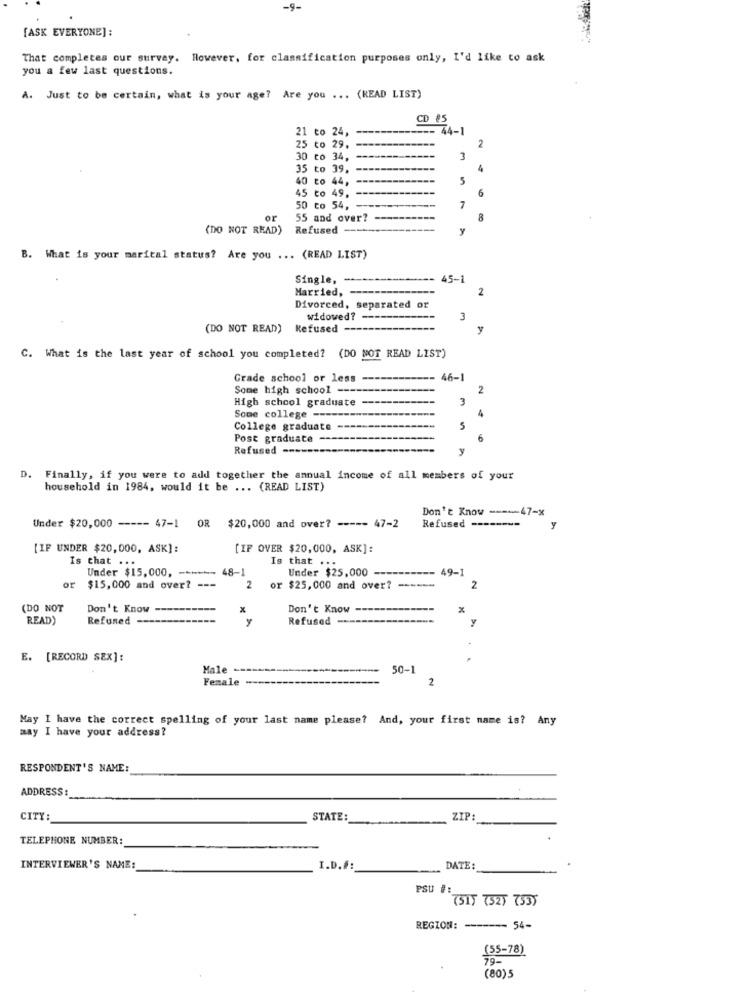
-9-
[ASK EVERYONE]:
That completes our survey. However, for classification purposes only, I'd like to ask
you a few last questions.
A. Just to be certain, what is your age? Are you ... (READ LIST)
CD #5
21 to 24, --
---- 44-1
2
25 to 29,
30 to 34,
3
35 to 39,
4
40 to 44,
5
6
45 to 49, -
50 co 54, --
1
or
55 and over?
(DO NOT READ) Refused ----
B. What is your marital status? Are you ... (READ LIST)
Single,
45-1
Married,
---
2
Divorced, separated or
widowed?
3
(DO NOT READ)
Refused
y
C. What is the last year of school you completed? (DO NOT READ LIST)
Grade school or less ---
46-
Some high school --
2
High school graduate
Some college --
College graduate
5
Post graduate
6
Refused --
D.
Finally, if you were to add together the annual income of all members of your
household in 1984, would it be ... (READ LIST)
Don't Know ----- 47-x
OR
Refused --------
y
Under $20,000 ----- 47-1
$20,000 and over? ----- 47-2
[IF UNDER $20,000, ASK]:
[IF OVER $20,000, ASK]:
Is that ...
Is that ...
Under $15,000, ------ 48-1
Under $25,000 ---
49-
or
$15,000 and over? ---
2
or $25,000 and over? ------
2
(DO NOT
Don't Know
Don't Know
x
READ)
Refuned --
y
Refused --
y
E. [RECORD SEX]:
Male -
50-1
Female
2
May I have the correct spelling of your last name please? And, your first name is? Any
may I have your address?
RESPONDENT'S NAME:
ADDRESS :_
CITY
STATE:
ZIP:
TELEPHONE NUMBER:
INTERVIEWER'S NAME:
I.D.F:
DATE:
PSU #:
(515 752) 7535
REGION: ------- 54-
(55-78)
79-
(80)5